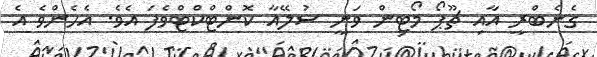
ގެނެބްރީ އާއި ޗޫޕޯ މޯޓިން ވަނީ ސުލޭއާ ކޮންޓްކްޓްވެފަ އެވެ. އެހެންވެ އެ